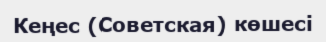
Кеңес (Советская) көшесі